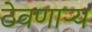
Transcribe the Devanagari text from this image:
ठेवणाऱ्य